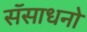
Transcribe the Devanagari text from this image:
सॅसाधनो